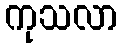
ကုသလာ